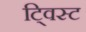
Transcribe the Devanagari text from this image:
टि्वस्ट